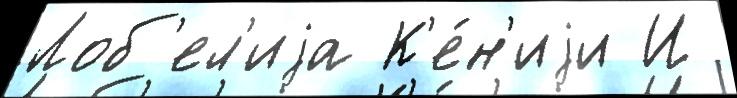
Лоб'ел'иjа К'е́н'иjи И